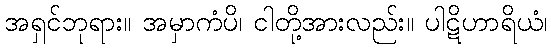
အရှင်ဘုရား။ အမှာကံပိ၊ ငါတို့အားလည်း။ ပါဋိဟာရိယံ၊